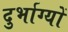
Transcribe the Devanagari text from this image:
दुर्भाग्यों